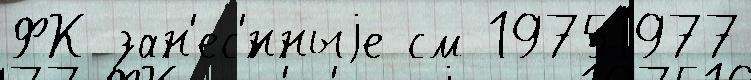
ФК зан'ес'́нныjе см 19751977